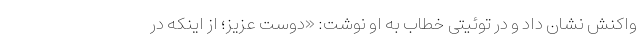
واکنش نشان داد و در توئیتی خطاب به او نوشت: «دوست عزیز؛ از اینکه در